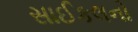
સાઈકલનો